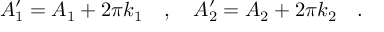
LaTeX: A _ { 1 } ^ { \prime } = A _ { 1 } + 2 \pi k _ { 1 } \ \ \ , \ \ \ A _ { 2 } ^ { \prime } = A _ { 2 } + 2 \pi k _ { 2 } \ \ \ .